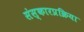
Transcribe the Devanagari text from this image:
संस्कारप्रक्रिया